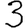
Digit: 3